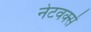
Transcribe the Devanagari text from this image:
नेटवर्क्‍स